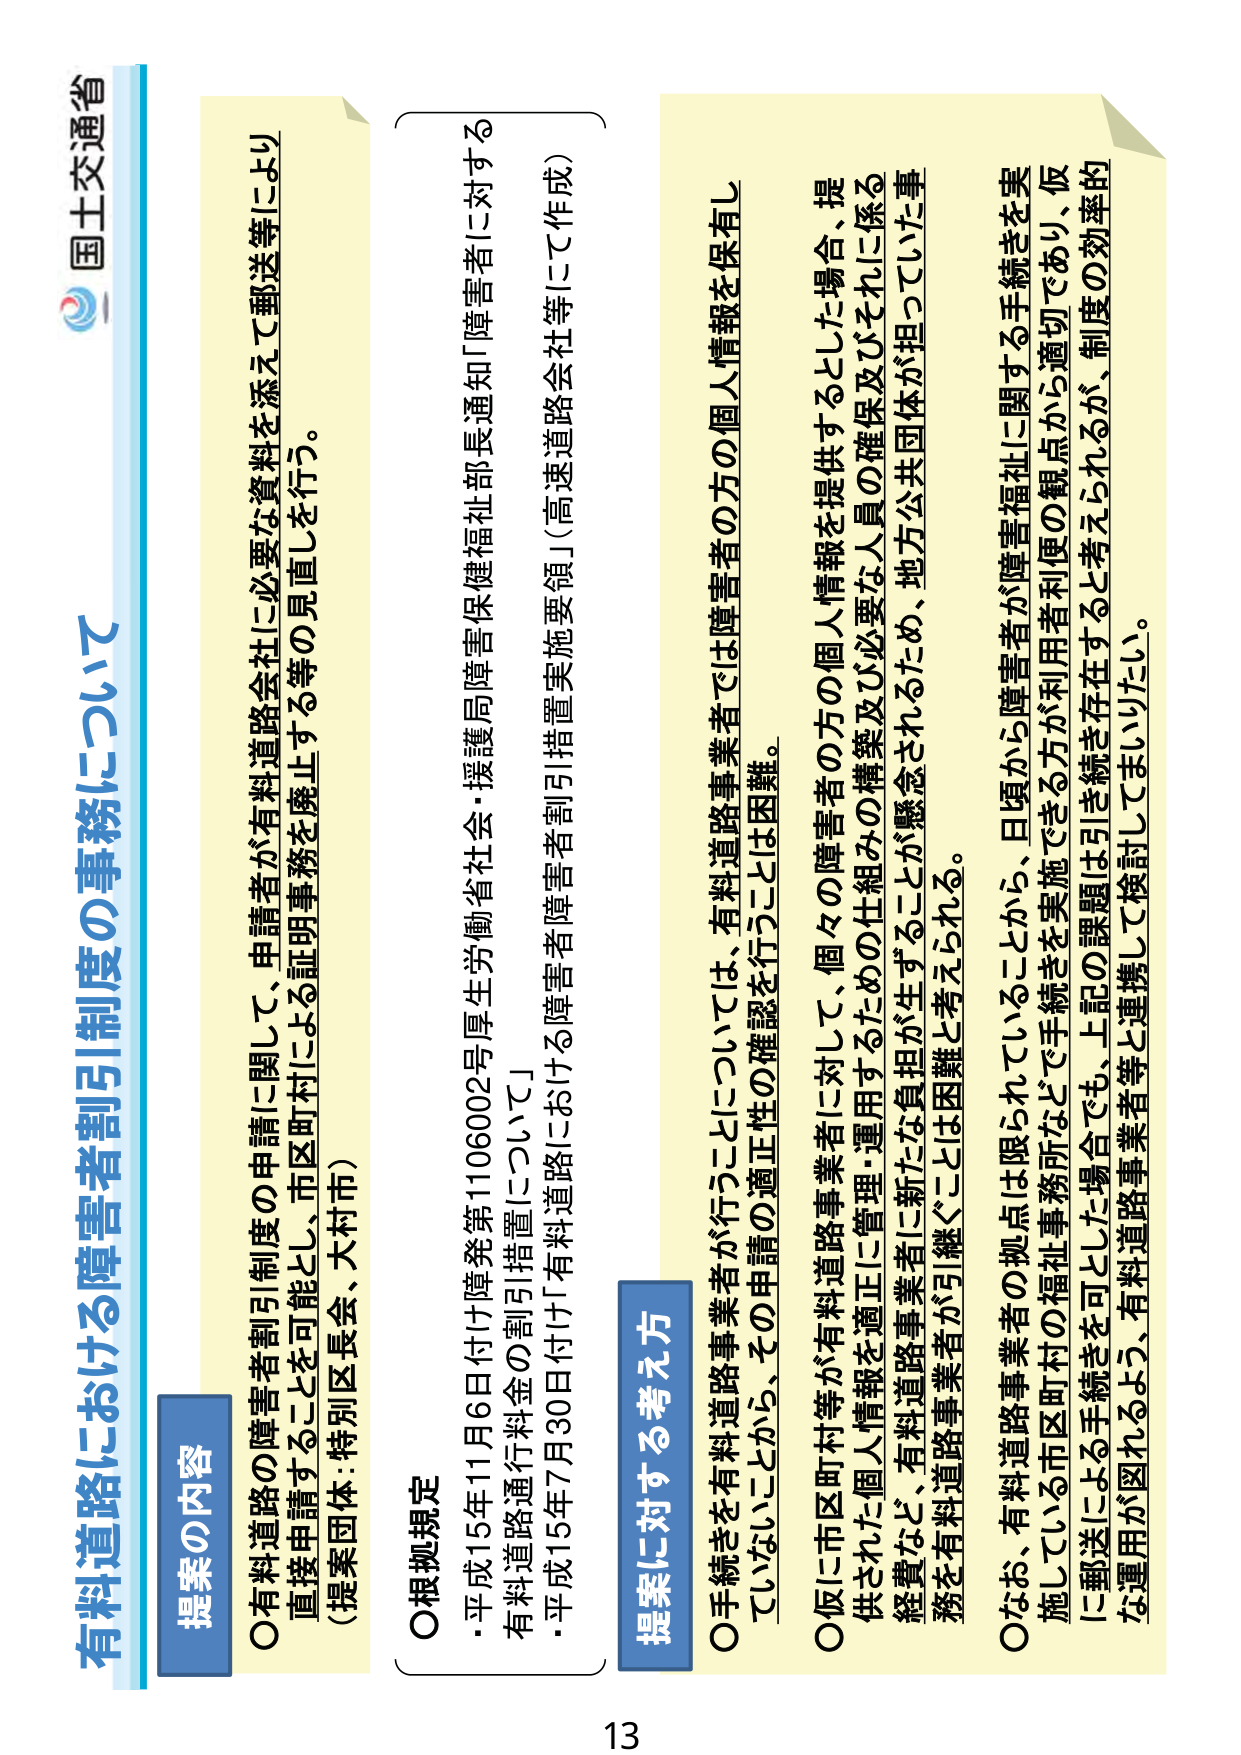
国土交通省

有料道路における障害者割引制度について

提案の内容
○有料道路の障害者割引制度の申請に関して、申請者が有料道路会社に必要な資料を添えて郵送等により直接申請することを可能とし、市区町村による証明事務を廃止する等の見直しを行う。
（提案団体：特別区長会、大村市）

○根拠規定
・平成15年11月6日付け障発第1106002号厚生労働省社会・援護局障害保健福祉部長通知「障害者に対する有料道路通行料金の割引措置について」
・平成15年7月30日付け「有料道路における障害者割引措置実施要領」（高速道路会社等にて作成）

提案に対する考え方
○手続きを有料道路事業者が行うことについて、有料道路事業者では障害者の方の個人情報を保有していないことから、その申請の適正性の確認を行うことは困難。
○仮に市区町村等が有料道路事業者に対して、個々の障害者の方の個人情報を提供するとした場合、提供された個人情報を適正に管理・運用するための仕組みの構築及び必要な人員の確保及びそれに係る経費など、有料道路事業者に新たな負担が生ずることが懸念されるため、地方公共団体が担っていた事務を有料道路事業者が引継ぐことは困難と考えられる。
○なお、有料道路事業者の拠点は限られていることから、日頃から障害者が障害福祉に関する手続きを実施している市区町村の福祉事務所などで手続きを実施できる方が利用者利便の観点から適切であり、仮に郵送による手続きを可とした場合でも、上記の課題は引き続き存在すると考えられるが、制度の効率的な運用が図れるよう、有料道路事業者等と連携して検討してまいりたい。

13